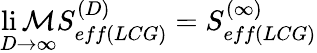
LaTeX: \operatorname*{li\mathcal{M}}_{D\rightarrow\infty}S_{eff(LCG)}^{(D)}=S_{eff(LCG)}^{(\infty)}